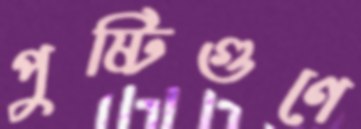
পুষ্টিগুণে